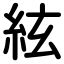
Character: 絃